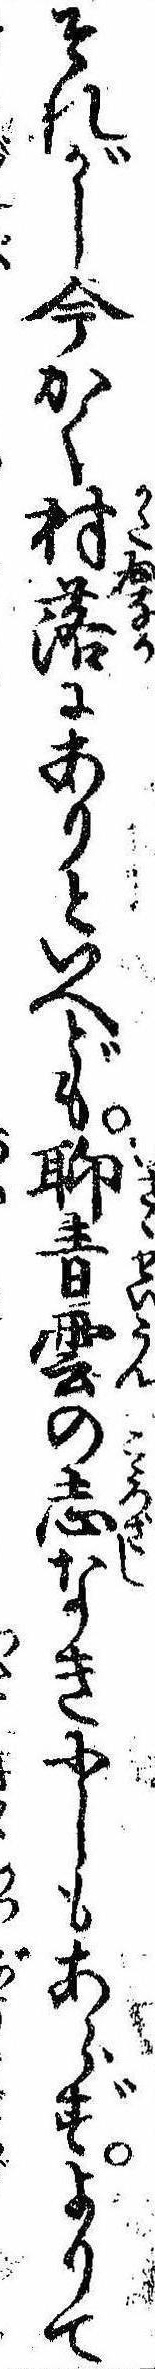
それがし今かく村落にありといへども聊青雲の志なきにしもあらずよりて